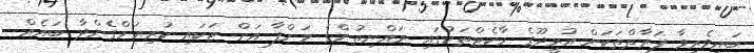
ބައިވެރިވާ ފަރާތްތަކަށް އުރީދޫގެ މާކެޓްތަކުގައި ރައްޔިތުންގެ މަންފާ އަށް ޓަކައި ކުރިއަށްގެންދާ ބައެއް